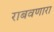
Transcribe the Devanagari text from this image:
राबवणारा